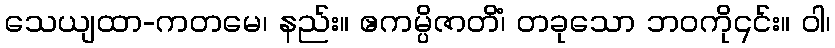
သေယျထာ-ကတမေ၊ နည်း။ ဧကမ္ပိဇာတိံ၊ တခုသော ဘဝကို၎င်း။ ဝါ၊